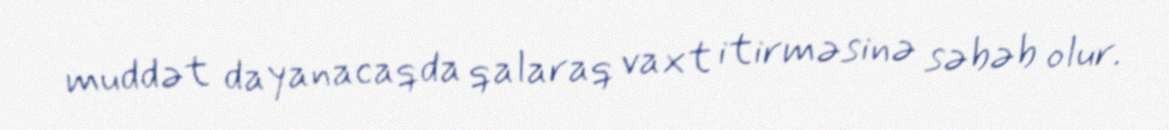
muddət dayanacaqda qalaraq vaxt itirməsinə səbəb olur.